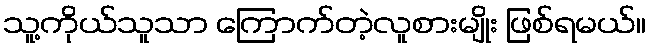
သူ့ကိုယ်သူသာ ကြောက်တဲ့လူစားမျိုး ဖြစ်ရမယ်။